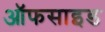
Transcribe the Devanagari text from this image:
ऑफसाइड